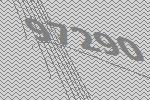
97290